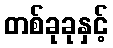
တစ်ခုခုနှင့်